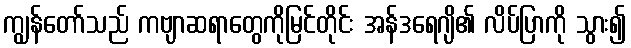
ကျွန်တော်သည် ကဗျာဆရာတွေကိုမြင်တိုင်း အန်ဒရေဂျိ၏ လိပ်ပြာကို သွား၍